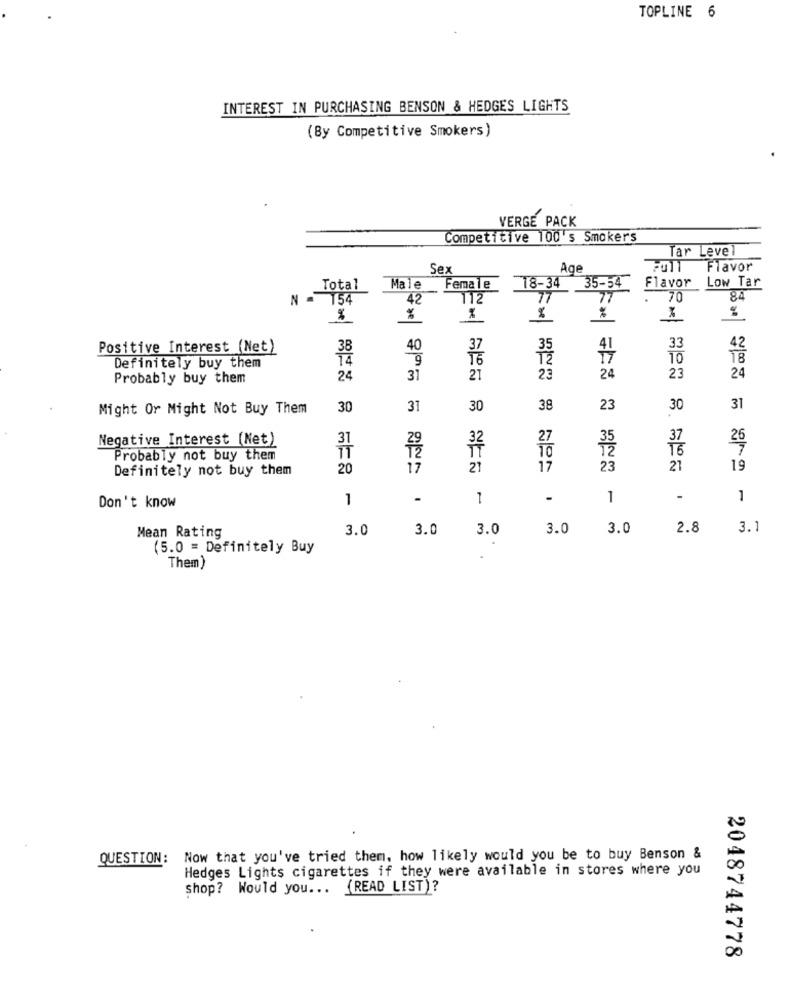
TOPLINE 6
INTEREST IN PURCHASING BENSON & HEDGES LIGHTS
(By Competitive Smokers)
VERGE PACK
Competitive 100's Smokers
Tar Level
Sex
Age
Flavor
35-54
Flavor
Low Tar
Total
Male
Female
18-34
N .
154
42
112
77
77
.
70
84
%
%
%
%
%
Positive Interest (Net)
38
40
41
33
42
14
9
37
10
18
Definitely buy them
Probably buy them
24
31
21
23
24
23
24
Might Or Might Not Buy Them
30
31
30
38
23
30
31
Negative Interest (Net)
27
26
32
TO
7
Probably not buy them
Definitely not buy them
20
21
17
23
21
19
1
-
1
-
1
-
1
Don't know
3.0
3.0
3.0
3.0
3.0
2.8
3.1
Mean Rating
(5.0 = Definitely Buy
Them)
QUESTION:
Now that you've tried them, how likely would you be to buy Benson &
Hedges Lights cigarettes if they were available in stores where you
shop? Would you ... (READ LIST)?
2048744778